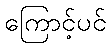
ကြောင့်ပင်